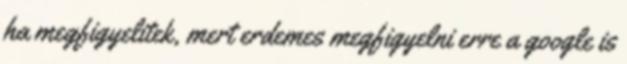
ha megfigyelitek, mert erdemes megfigyelni erre a google is